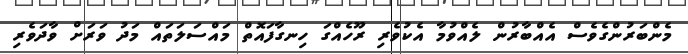
މެންބަރުންގެވެސް އެއްބާރުން ލެއްވުމާ އެކުވެރި ރޫހެއްގަ ހިނގާފައޮތް މައްސަލަތައް މަދު ވަރަށް ވާދަވެރި